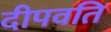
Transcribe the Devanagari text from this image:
दीपवति